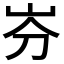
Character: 𡵳